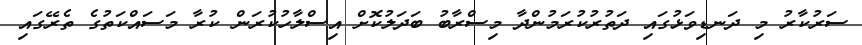
ސަރުކާރު މި ދަނޑިވަޅުގައި ދަތުރުކުރަމުންދާ މިސްރާބު ބަދަލުކޮށް އިސްލާހުކުރަން ކުރާ މަސައްކަތުގެ ތެރޭގައި